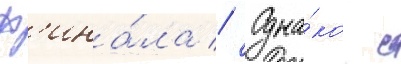
ф'ина́ла // Одна́ко с